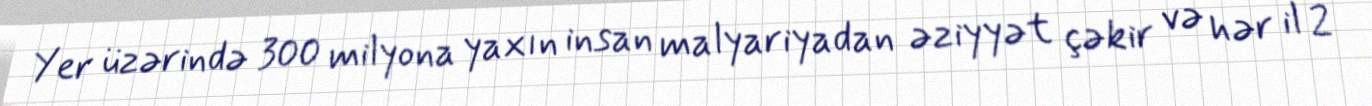
Yer üzərində 300 milyona yaxın insan malyariyadan əziyyət çəkir və hər il 2